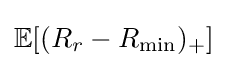
\mathbb {E} [(R_{r}-R_{\min })_{+}]